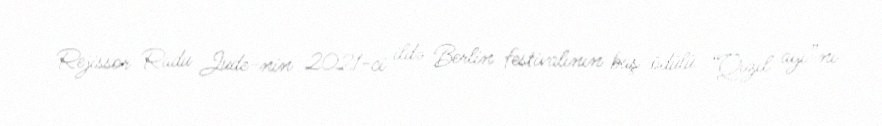
Rejissor Radu Jude-nin 2021-ci ildə Berlin festivalının baş ödülü “Qızıl ayı”nı